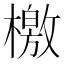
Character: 檄